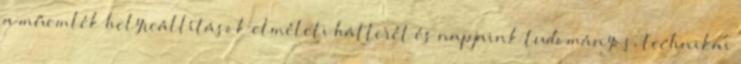
a műemlék helyreállítások elméleti hátterét és napjaink tudományos, technikai